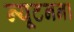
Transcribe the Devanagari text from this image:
न्यूटनना